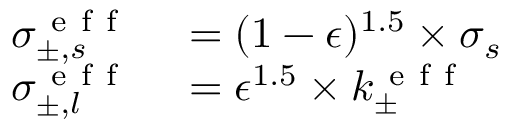
\begin{array} { r l } { \sigma _ { \pm , s } ^ { \mathrm { ~ e ~ f ~ f ~ } } } & { { } = ( 1 - \epsilon ) ^ { 1 . 5 } \times \sigma _ { s } } \\ { \sigma _ { \pm , l } ^ { \mathrm { ~ e ~ f ~ f ~ } } } & { { } = \epsilon ^ { 1 . 5 } \times k _ { \pm } ^ { \mathrm { ~ e ~ f ~ f ~ } } } \end{array}